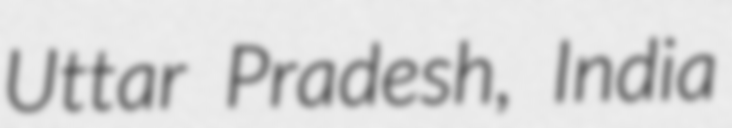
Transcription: Uttar Pradesh, India